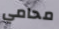
محامي